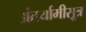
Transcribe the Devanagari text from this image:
अंतर्यामीसूत्र